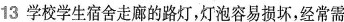
13学校学生宿舍走廊的路灯，灯泡容易损坏，经常需